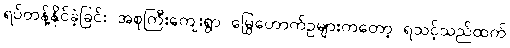
ရပ်တန့်နိုင်ခဲ့ခြင်း အစုကြီးကျေးရွာ မြွေဟောက်ဥများကတော့ ရသင့်သည်ထက်